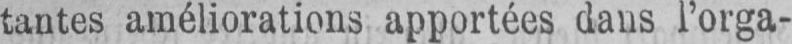
tantes améliorations apportées dans l’orga-